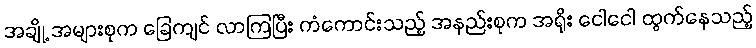
အချို့ အများစုက ခြေကျင် လာကြပြီး ကံကောင်းသည့် အနည်းစုက အရိုး ငေါငေါ ထွက်နေသည့်